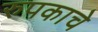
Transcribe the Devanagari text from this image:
रुपकाचे